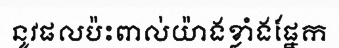
នូវផលប៉ះពាល់យ៉ាងខ្លាំងផ្នែក